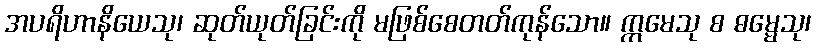
အပရိဟာနိယေသု၊ ဆုတ်ယုတ်ခြင်းကို မဖြစ်စေတတ်ကုန်သော။ ဣမေသု စ ဓမ္မေသု၊